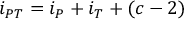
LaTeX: i _ { P T } = i _ { P } + i _ { T } + ( c - 2 )